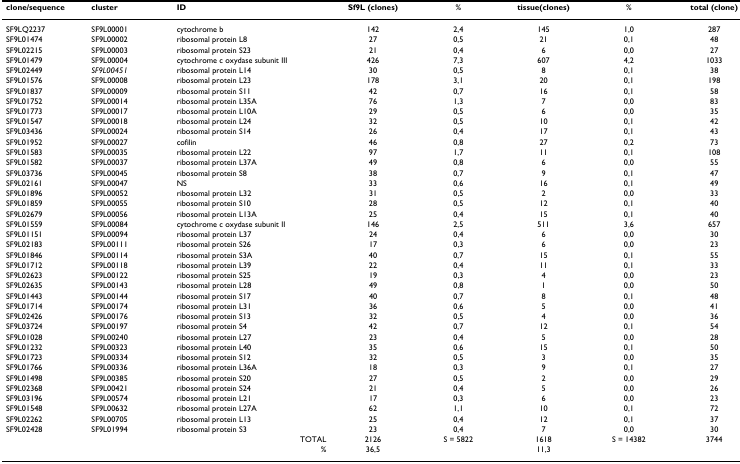
<table><thead><tr><td><b>clone/sequence</b></td><td><b>cluster</b></td><td><b>ID</b></td><td><b>Sf9L (clones)</b></td><td><b>%</b></td><td><b>tissue(clones)</b></td><td><b>%</b></td><td><b>total (clone)</b></td></tr></thead><tbody><tr><td>SF9LQ2237</td><td>SF9L00001</td><td>cytochrome b</td><td>142</td><td>2,4</td><td>145</td><td>1,0</td><td>287</td></tr><tr><td>SF9L01474</td><td>SF9L00002</td><td>ribosomal protein L8</td><td>27</td><td>0,5</td><td>21</td><td>0,1</td><td>48</td></tr><tr><td>SF9L02215</td><td>SF9L00003</td><td>ribosomal protein S23</td><td>21</td><td>0,4</td><td>6</td><td>0,0</td><td>27</td></tr><tr><td>SF9L01479</td><td>SF9L00004</td><td>cytochrome c oxydase subunit III</td><td>426</td><td>7,3</td><td>607</td><td>4,2</td><td>1033</td></tr><tr><td>SF9L02449</td><td><i>SF9L00451</i></td><td>ribosomal protein L14</td><td>30</td><td>0,5</td><td>8</td><td>0,1</td><td>38</td></tr><tr><td>SF9L01576</td><td>SF9L00008</td><td>ribosomal protein L23</td><td>178</td><td>3,1</td><td>20</td><td>0,1</td><td>198</td></tr><tr><td>SF9L01837</td><td>SF9L00009</td><td>ribosomal protein S11</td><td>42</td><td>0,7</td><td>16</td><td>0,1</td><td>58</td></tr><tr><td>SF9L01752</td><td>SF9L00014</td><td>ribosomal protein L35A</td><td>76</td><td>1,3</td><td>7</td><td>0,0</td><td>83</td></tr><tr><td>SF9L01773</td><td>SF9L00017</td><td>ribosomal protein L10A</td><td>29</td><td>0,5</td><td>6</td><td>0,0</td><td>35</td></tr><tr><td>SF9L01547</td><td>SF9L00018</td><td>ribosomal protein L24</td><td>32</td><td>0,5</td><td>10</td><td>0,1</td><td>42</td></tr><tr><td>SF9L03436</td><td>SF9L00024</td><td>ribosomal protein S14</td><td>26</td><td>0,4</td><td>17</td><td>0,1</td><td>43</td></tr><tr><td>SF9L01952</td><td>SF9L00027</td><td>cofilin</td><td>46</td><td>0,8</td><td>27</td><td>0,2</td><td>73</td></tr><tr><td>SF9L01583</td><td>SF9L00035</td><td>ribosomal protein L22</td><td>97</td><td>1,7</td><td>11</td><td>0,1</td><td>108</td></tr><tr><td>SF9L01582</td><td>SF9L00037</td><td>ribosomal protein L37A</td><td>49</td><td>0,8</td><td>6</td><td>0,0</td><td>55</td></tr><tr><td>SF9L03736</td><td>SF9L00045</td><td>ribosomal protein S8</td><td>38</td><td>0,7</td><td>9</td><td>0,1</td><td>47</td></tr><tr><td>SF9L02161</td><td>SF9L00047</td><td>NS</td><td>33</td><td>0,6</td><td>16</td><td>0,1</td><td>49</td></tr><tr><td>SF9L01896</td><td>SF9L00052</td><td>ribosomal protein L32</td><td>31</td><td>0,5</td><td>2</td><td>0,0</td><td>33</td></tr><tr><td>SF9L01859</td><td>SF9L00055</td><td>ribosomal protein S10</td><td>28</td><td>0,5</td><td>12</td><td>0,1</td><td>40</td></tr><tr><td>SF9L02679</td><td>SF9L00056</td><td>ribosomal protein L13A</td><td>25</td><td>0,4</td><td>15</td><td>0,1</td><td>40</td></tr><tr><td>SF9L01559</td><td>SF9L00084</td><td>cytochrome c oxydase subunit II</td><td>146</td><td>2,5</td><td>511</td><td>3,6</td><td>657</td></tr><tr><td>SF9L01151</td><td>SF9L00094</td><td>ribosomal protein L37</td><td>24</td><td>0,4</td><td>6</td><td>0,0</td><td>30</td></tr><tr><td>SF9L02183</td><td>SF9L00111</td><td>ribosomal protein S26</td><td>17</td><td>0,3</td><td>6</td><td>0,0</td><td>23</td></tr><tr><td>SF9L01846</td><td>SF9L00114</td><td>ribosomal protein S3A</td><td>40</td><td>0,7</td><td>15</td><td>0,1</td><td>55</td></tr><tr><td>SF9L01712</td><td>SF9L00118</td><td>ribosomal protein L39</td><td>22</td><td>0,4</td><td>11</td><td>0,1</td><td>33</td></tr><tr><td>SF9L02623</td><td>SF9L00122</td><td>ribosomal protein S25</td><td>19</td><td>0,3</td><td>4</td><td>0,0</td><td>23</td></tr><tr><td>SF9L02635</td><td>SF9L00143</td><td>ribosomal protein L28</td><td>49</td><td>0,8</td><td>1</td><td>0,0</td><td>50</td></tr><tr><td>SF9L01443</td><td>SF9L00144</td><td>ribosomal protein S17</td><td>40</td><td>0,7</td><td>8</td><td>0,1</td><td>48</td></tr><tr><td>SF9L01714</td><td>SF9L00174</td><td>ribosomal protein L31</td><td>36</td><td>0,6</td><td>5</td><td>0,0</td><td>41</td></tr><tr><td>SF9L02426</td><td>SF9L00176</td><td>ribosomal protein S13</td><td>32</td><td>0,5</td><td>4</td><td>0,0</td><td>36</td></tr><tr><td>SF9L03724</td><td>SF9L00197</td><td>ribosomal protein S4</td><td>42</td><td>0,7</td><td>12</td><td>0,1</td><td>54</td></tr><tr><td>SF9L01028</td><td>SF9L00240</td><td>ribosomal protein L27</td><td>23</td><td>0,4</td><td>5</td><td>0,0</td><td>28</td></tr><tr><td>SF9L01232</td><td>SF9L00323</td><td>ribosomal protein L40</td><td>35</td><td>0,6</td><td>15</td><td>0,1</td><td>50</td></tr><tr><td>SF9L01723</td><td>SF9L00334</td><td>ribosomal protein S12</td><td>32</td><td>0,5</td><td>3</td><td>0,0</td><td>35</td></tr><tr><td>SF9L01766</td><td>SF9L00336</td><td>ribosomal protein L36A</td><td>18</td><td>0,3</td><td>9</td><td>0,1</td><td>27</td></tr><tr><td>SF9L01498</td><td>SF9L00385</td><td>ribosomal protein S20</td><td>27</td><td>0,5</td><td>2</td><td>0,0</td><td>29</td></tr><tr><td>SF9L02368</td><td>SF9L00421</td><td>ribosomal protein S24</td><td>21</td><td>0,4</td><td>5</td><td>0,0</td><td>26</td></tr><tr><td>SF9L03196</td><td>SF9L00574</td><td>ribosomal protein L21</td><td>17</td><td>0,3</td><td>6</td><td>0,0</td><td>23</td></tr><tr><td>SF9L01548</td><td>SF9L00632</td><td>ribosomal protein L27A</td><td>62</td><td>1,1</td><td>10</td><td>0,1</td><td>72</td></tr><tr><td>SF9L02262</td><td>SF9L00705</td><td>ribosomal protein L13</td><td>25</td><td>0,4</td><td>12</td><td>0,1</td><td>37</td></tr><tr><td>SF9L02428</td><td>SF9L01994</td><td>ribosomal protein S3</td><td>23</td><td>0,4</td><td>7</td><td>0,0</td><td>30</td></tr><tr><td></td><td></td><td>TOTAL</td><td>2126</td><td>S = 5822</td><td>1618</td><td>S = 14382</td><td>3744</td></tr><tr><td></td><td></td><td>%</td><td>36,5</td><td></td><td>11,3</td><td></td><td></td></tr></tbody></table>